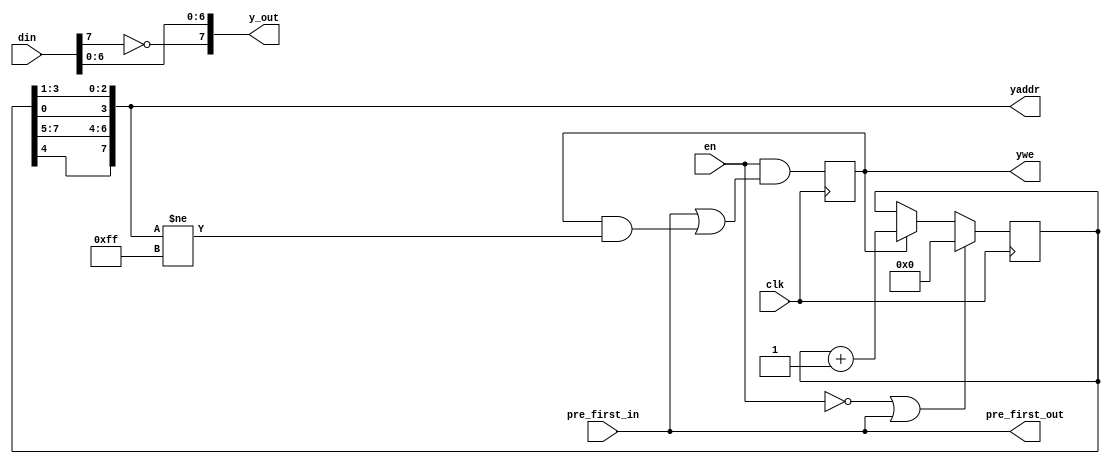
/*!
 * <b>Module:</b>csconvert_jp4
 * @file csconvert_jp4.v
 * @date 2015-06-10  
 * @author Andrey Filippov     
 *
 * @brief Color conversion for JP4 mode
 *
 * @copyright Copyright (c) 2015 Elphel, Inc.
 *
 * <b>License:</b>
 *
 * csconvert_jp4.v is free software; you can redistribute it and/or modify
 * it under the terms of the GNU General Public License as published by
 * the Free Software Foundation, either version 3 of the License, or
 * (at your option) any later version.
 *
 *  csconvert_jp4.v is distributed in the hope that it will be useful,
 * but WITHOUT ANY WARRANTY; without even the implied warranty of
 * MERCHANTABILITY or FITNESS FOR A PARTICULAR PURPOSE.  See the
 * GNU General Public License for more details.
 *
 * You should have received a copy of the GNU General Public License
 * along with this program.  If not, see <http://www.gnu.org/licenses/> .
 *
 * Additional permission under GNU GPL version 3 section 7:
 * If you modify this Program, or any covered work, by linking or combining it
 * with independent modules provided by the FPGA vendor only (this permission
 * does not extend to any 3-rd party modules, "soft cores" or macros) under
 * different license terms solely for the purpose of generating binary "bitstream"
 * files and/or simulating the code, the copyright holders of this Program give
 * you the right to distribute the covered work without those independent modules
 * as long as the source code for them is available from the FPGA vendor free of
 * charge, and there is no dependence on any encrypted modules for simulating of
 * the combined code. This permission applies to you if the distributed code
 * contains all the components and scripts required to completely simulate it
 * with at least one of the Free Software programs.
 */
`timescale 1ns/1ps

module csconvert_jp4  (en,
                       clk,
                       din,
                       pre_first_in,
                       y_out,
                       yaddr,
                       ywe,
                       pre_first_out);

    input        en;
    input        clk;         // clock
    input  [7:0] din; // input data in scanline sequence
    input        pre_first_in;      // marks the first input pixel
    output [7:0] y_out;  // output Y (16x16) in scanline sequence. Valid if ys active
    output [7:0] yaddr; // address for the external buffer memory to write 16x16x8bit Y data
    output       ywe;    // wrire enable of Y data
    output       pre_first_out;

    wire         pre_first_out= pre_first_in;
    wire   [7:0] y_out=         {~din[7],din[6:0]};
    reg    [7:0] yaddr_cntr;
    reg          ywe;
    wire   [7:0] yaddr= {yaddr_cntr[4],yaddr_cntr[7:5],yaddr_cntr[0],yaddr_cntr[3:1]};
    always @ (posedge clk) begin
      ywe <= en & (pre_first_in || (ywe && (yaddr[7:0] !=8'hff)));
      if (!en || pre_first_in) yaddr_cntr[7:0] <= 8'h0;
      else if (ywe)            yaddr_cntr[7:0] <= yaddr_cntr[7:0] + 1;
    end

endmodule